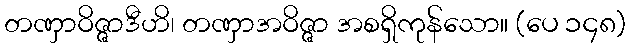
တဏှာဝိဇ္ဇာဒီဟိ၊ တဏှာအဝိဇ္ဇာ အစရှိကုန်သော။ (ပေ ၁၄၈)